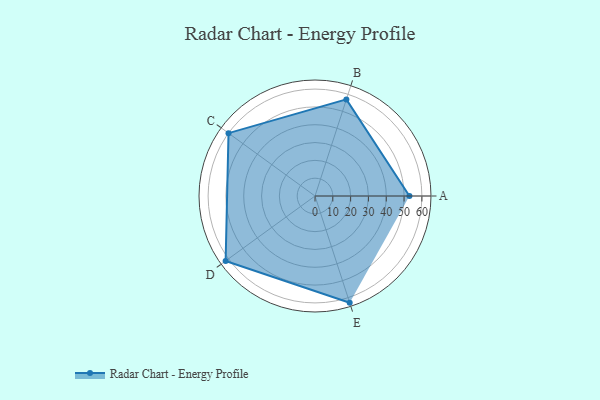
{"axis": {"x": "Skill", "y": "Score"}, "legend": ["Profile"], "data": [{"x": "A", "y": 53.0, "type": "Profile"}, {"x": "B", "y": 57.0, "type": "Profile"}, {"x": "C", "y": 60.0, "type": "Profile"}, {"x": "D", "y": 62.0, "type": "Profile"}, {"x": "E", "y": 63.0, "type": "Profile"}]}